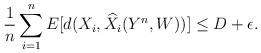
LaTeX: \begin{align*}\frac{1}{n}\sum_{i=1}^nE[d(X_i, \widehat{X}_i(Y^n,W))]\leq D+\epsilon .\end{align*}